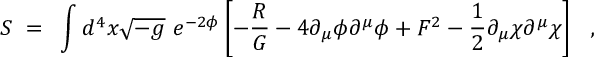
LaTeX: S ~ = ~ \int d ^ { 4 } x \sqrt { - g } ~ e ^ { - 2 \phi } \left[ - \frac { R } { G } - 4 \partial _ { \mu } \phi \partial ^ { \mu } \phi + F ^ { 2 } - \frac { 1 } { 2 } \partial _ { \mu } \chi \partial ^ { \mu } \chi \right] ~ ~ ,